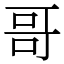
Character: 哥